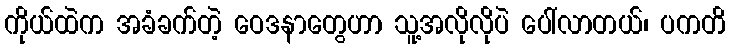
ကိုယ်ထဲက အခံခက်တဲ့ ဝေဒနာတွေဟာ သူ့အလိုလိုပဲ ပေါ်လာတယ်၊ ပကတိ